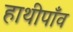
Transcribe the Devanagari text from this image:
हाथीपाँव